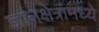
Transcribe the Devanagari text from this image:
ज्ञानक्षेत्रामध्ये